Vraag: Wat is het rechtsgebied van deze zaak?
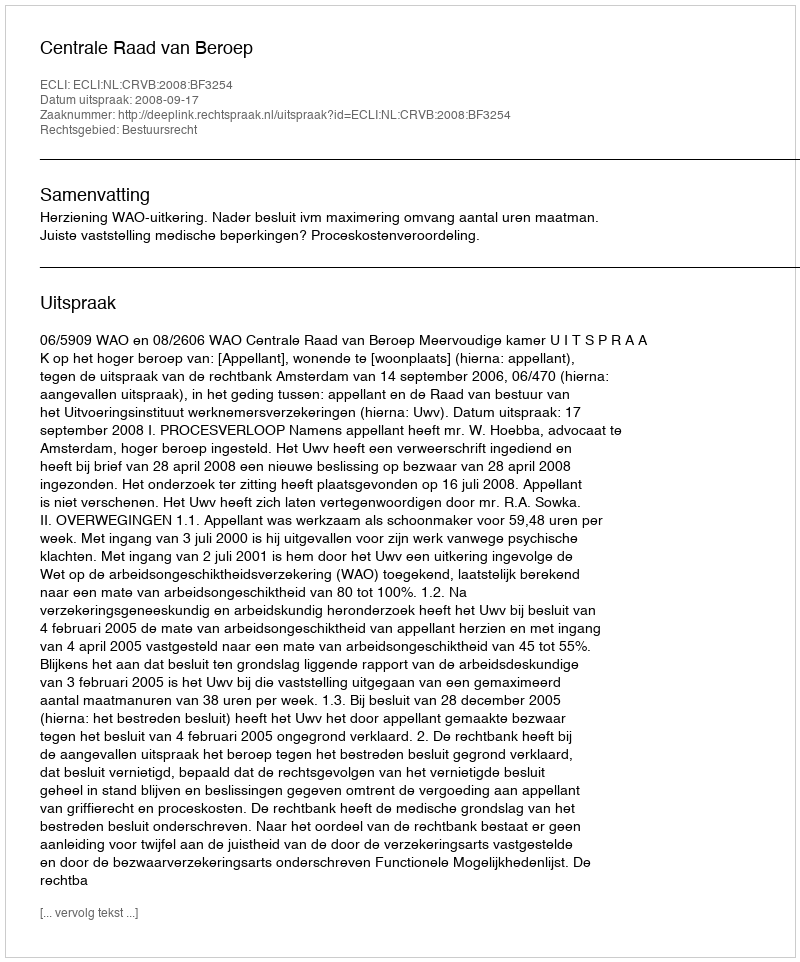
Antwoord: Bestuursrecht